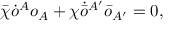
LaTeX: \bar { \chi } \dot { o } ^ { A } o _ { A } + \chi \dot { \bar { o } } { } ^ { A ^ { \prime } } \bar { o } _ { A ^ { \prime } } = 0 ,